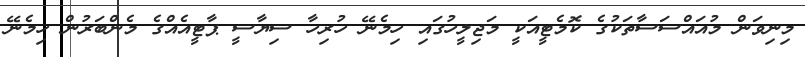
މިނިވަން މުއައްސަސާތަކުގެ ކޮމެޓީއަކީ މަޖިލީހުގައި ހިމެނޭ ހުރިހާ ސިޔާސީ ޕާޓީއެއްގެ މެންބަރުން ހިމެނޭ